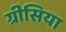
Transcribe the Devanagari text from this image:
ग्रीसिया